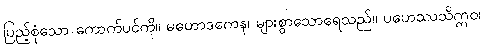
ပြည့်စုံသော ကောက်ပင်ကို။ မဟောဒကေန၊ များစွာသောရေသည်။ ပဟေဿသိဣဝ၊